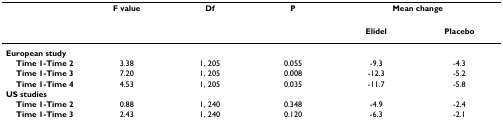
<table><thead><tr><td></td><td><b>F value</b></td><td><b>Df</b></td><td><b>P</b></td><td colspan="2"><b>Mean change</b></td></tr></thead><tbody><tr><td></td><td></td><td></td><td></td><td><b>Elidel</b></td><td><b>Placebo</b></td></tr><tr><td><b>European study</b></td><td></td><td></td><td></td><td></td><td></td></tr><tr><td> <b>Time 1-Time 2</b></td><td>3.38</td><td>1, 205</td><td>0.055</td><td>-9.3</td><td>-4.3</td></tr><tr><td> <b>Time 1-Time 3</b></td><td>7.20</td><td>1, 205</td><td>0.008</td><td>-12.3</td><td>-5.2</td></tr><tr><td> <b>Time 1-Time 4</b></td><td>4.53</td><td>1, 205</td><td>0.035</td><td>-11.7</td><td>-5.8</td></tr><tr><td><b>US studies</b></td><td></td><td></td><td></td><td></td><td></td></tr><tr><td> <b>Time 1-Time 2</b></td><td>0.88</td><td>1, 240</td><td>0.348</td><td>-4.9</td><td>-2.4</td></tr><tr><td> <b>Time 1-Time 3</b></td><td>2.43</td><td>1, 240</td><td>0.120</td><td>-6.3</td><td>-2.1</td></tr></tbody></table>